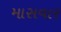
માસવાર